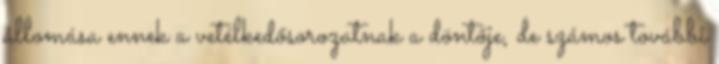
állomása ennek a vetélkedősorozatnak a döntője, de számos további